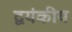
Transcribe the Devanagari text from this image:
द्वयंकीय